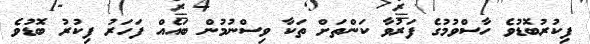
ފިކުރުބޮޑުވެ ހާސްވުމުގެ ފަރުވާ ކަންތަށް ތަކާ ވިސްނުމުން ބައެއް ފަހަރު ފިކުރު ބޮޑުވެ